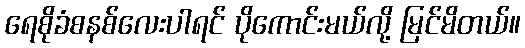
ရေစိုခံစနစ်လေးပါရင် ပိုကောင်းမယ်လို့ မြင်မိတယ်။